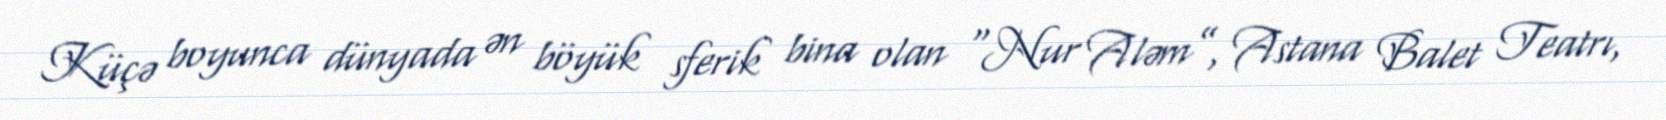
Küçə boyunca dünyada ən böyük sferik bina olan “Nur Aləm”, Astana Balet Teatrı,